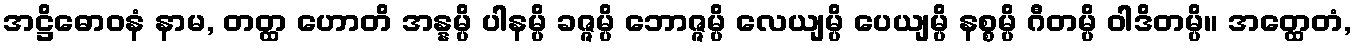
အဋ္ဌိဓောဝနံ နာမ, တတ္ထ ဟောတိ အန္နမ္ပိ ပါနမ္ပိ ခဇ္ဇမ္ပိ ဘောဇ္ဇမ္ပိ လေယျမ္ပိ ပေယျမ္ပိ နစ္စမ္ပိ ဂီတမ္ပိ ဝါဒိတမ္ပိ။ အတ္ထေတံ,